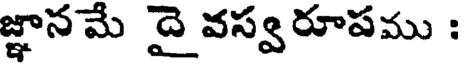
జ్ఞానమే దై వస్వరూపము :